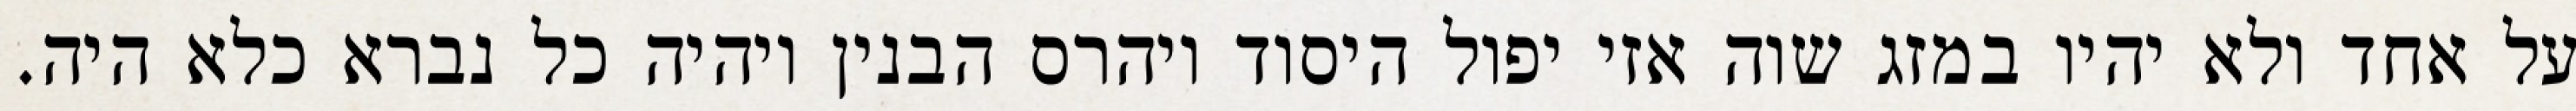
על אחד ולא יהיו במזג שוה אזי יפול היסוד ויהרס הבנין ויהיה כל נברא כלא היה.